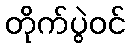
တိုက်ပွဲဝင်